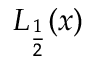
L _ { \frac { 1 } { 2 } } ( x )